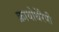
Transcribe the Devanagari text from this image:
क्रायोथेरैपी